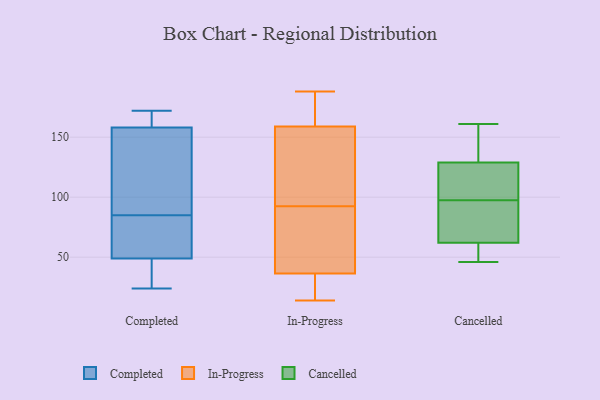
{"axis": {"x": "Waste Production (Tons)", "y": "Value"}, "legend": ["Cancelled", "Completed", "In-Progress"], "data": [{"x": "", "y": 85, "type": "Completed"}, {"x": "", "y": 122, "type": "Completed"}, {"x": "", "y": 62, "type": "Completed"}, {"x": "", "y": 37, "type": "Completed"}, {"x": "", "y": 172, "type": "Completed"}, {"x": "", "y": 158, "type": "Completed"}, {"x": "", "y": 50, "type": "Completed"}, {"x": "", "y": 158, "type": "Completed"}, {"x": "", "y": 158, "type": "Completed"}, {"x": "", "y": 46, "type": "Completed"}, {"x": "", "y": 132, "type": "Completed"}, {"x": "", "y": 24, "type": "Completed"}, {"x": "", "y": 51, "type": "Completed"}, {"x": "", "y": 158, "type": "In-Progress"}, {"x": "", "y": 105, "type": "In-Progress"}, {"x": "", "y": 188, "type": "In-Progress"}, {"x": "", "y": 38, "type": "In-Progress"}, {"x": "", "y": 163, "type": "In-Progress"}, {"x": "", "y": 160, "type": "In-Progress"}, {"x": "", "y": 93, "type": "In-Progress"}, {"x": "", "y": 35, "type": "In-Progress"}, {"x": "", "y": 30, "type": "In-Progress"}, {"x": "", "y": 92, "type": "In-Progress"}, {"x": "", "y": 77, "type": "In-Progress"}, {"x": "", "y": 142, "type": "In-Progress"}, {"x": "", "y": 14, "type": "In-Progress"}, {"x": "", "y": 19, "type": "In-Progress"}, {"x": "", "y": 73, "type": "In-Progress"}, {"x": "", "y": 177, "type": "In-Progress"}, {"x": "", "y": 49, "type": "Cancelled"}, {"x": "", "y": 76, "type": "Cancelled"}, {"x": "", "y": 129, "type": "Cancelled"}, {"x": "", "y": 161, "type": "Cancelled"}, {"x": "", "y": 62, "type": "Cancelled"}, {"x": "", "y": 156, "type": "Cancelled"}, {"x": "", "y": 82, "type": "Cancelled"}, {"x": "", "y": 46, "type": "Cancelled"}, {"x": "", "y": 122, "type": "Cancelled"}, {"x": "", "y": 113, "type": "Cancelled"}]}